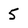
Character: 5